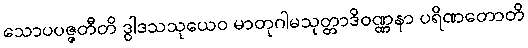
သောပပဇ္ဇတီတိ ဒွါဒသသုယေဝ မာတုဂါမသုတ္တာဒိဝဏ္ဏနာ ပရိဏတောတိ